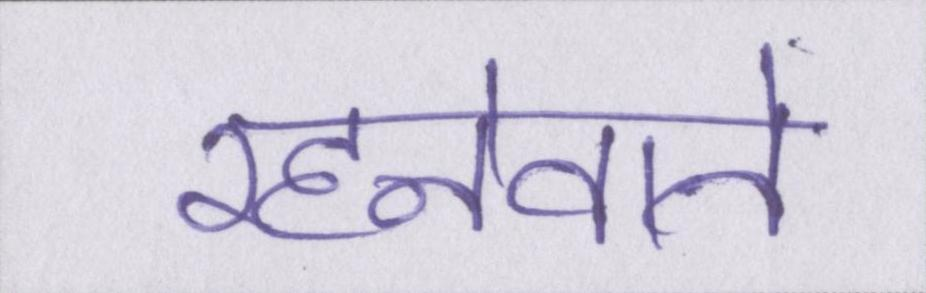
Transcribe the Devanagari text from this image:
रहनेवाले